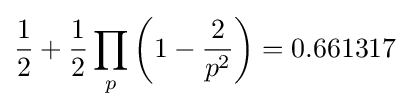
{\frac {1}{2}}+{\frac {1}{2}}\prod _{p}\left(1-{\frac {2}{p^{2}}}\right)=0.661317